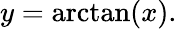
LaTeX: y=\arctan(x).